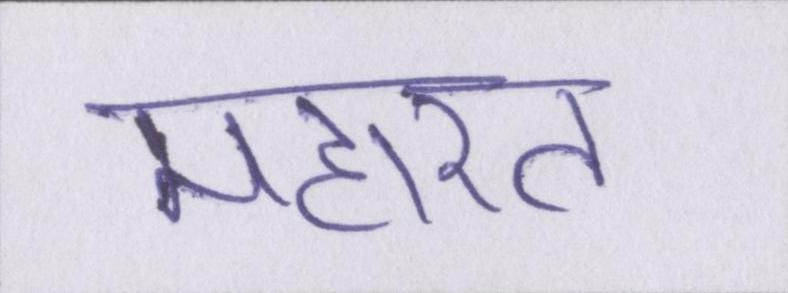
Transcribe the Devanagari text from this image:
महारत